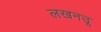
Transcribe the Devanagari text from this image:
लखनउू